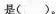
是()。